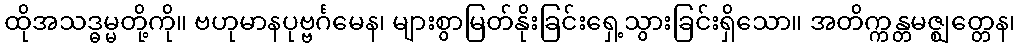
ထိုအသဒ္ဓမ္မတို့ကို။ ဗဟုမာနပုဗ္ဗင်္ဂမေန၊ များစွာမြတ်နိုးခြင်းရှေ့သွားခြင်းရှိသော။ အတိက္ကန္တမဇ္ဈတ္တေန၊